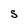
Character: S